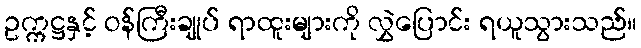
ဥက္ကဋ္ဌနှင့် ဝန်ကြီးချုပ် ရာထူးများကို လွှဲပြောင်း ရယူသွားသည်။